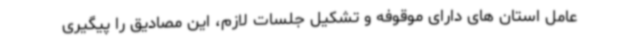
عامل استان های دارای موقوفه و تشکیل جلسات لازم، این مصادیق را پیگیری